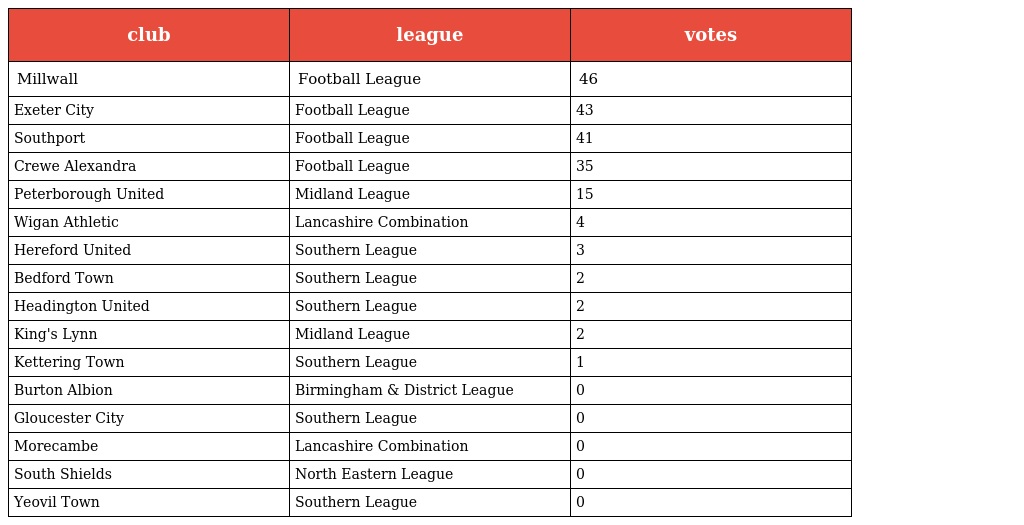
| club | league | votes |
 | --- | --- | --- |
 | Millwall | Football League | 46 |
 | Exeter City | Football League | 43 |
 | Southport | Football League | 41 |
 | Crewe Alexandra | Football League | 35 |
 | Peterborough United | Midland League | 15 |
 | Wigan Athletic | Lancashire Combination | 4 |
 | Hereford United | Southern League | 3 |
 | Bedford Town | Southern League | 2 |
 | Headington United | Southern League | 2 |
 | King's Lynn | Midland League | 2 |
 | Kettering Town | Southern League | 1 |
 | Burton Albion | Birmingham & District League | 0 |
 | Gloucester City | Southern League | 0 |
 | Morecambe | Lancashire Combination | 0 |
 | South Shields | North Eastern League | 0 |
 | Yeovil Town | Southern League | 0 |